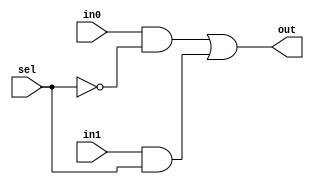
// 2020B3A70785P
module MUX_SMALL(out, in0, in1, sel);
    input in0, in1, sel;
    output out;
    assign out = (in0 & ~sel) | (in1 & sel);
endmodule

module MUX_BIG(out, in0, in1, in2, in3, in4, in5, in6, in7, sel);
    input in0, in1, in2, in3, in4, in5, in6, in7;
    input [2:0] sel;
    output out;
    wire w0, w1, w2, w3, w4, w5;
    MUX_SMALL m0(w0, in0, in1, sel[0]);
    MUX_SMALL m1(w1, in2, in3, sel[0]);
    MUX_SMALL m2(w2, in4, in5, sel[0]);
    MUX_SMALL m3(w3, in6, in7, sel[0]);
    MUX_SMALL m4(w4, w0, w1, sel[1]);
    MUX_SMALL m5(w5, w2, w3, sel[1]);
    MUX_SMALL m6(out, w4, w5, sel[2]);
endmodule

module TFF(q, t, clk, clear);
    input t, clk, clear;
    output reg q;
    always @(negedge clear or posedge clk) begin
        if(!clear)
            q <= 1'b0;
        else if(t)
            q <= ~q;
        else
            q <= q;
    end
endmodule

module COUNTER_4BIT(q0, q1, q2, q3, clk, clear);
    input clk, clear;
    output q0, q1, q2, q3;  
    TFF t1(q0, 1'b1, clk, clear);
    TFF t2(q1, q0, clk, clear);
    TFF t3(q2, q0&q1, clk, clear);
    TFF t4(q3, q0&q1&q2, clk, clear);
endmodule

module COUNTER_3BIT(q0, q1, q2, clk, clear);
    input clk, clear;
    output q0, q1, q2;
    TFF t1(q0, 1'b1, clk, clear);
    TFF t2(q1, q0, clk, clear);
    TFF t3(q2, q0&q1, clk, clear);
endmodule

module MEMORY(o0, o1, o2, o3, o4, o5, o6, o7, i0, i1, i2, i3);
    input i0, i1, i2, i3;
    output reg o0, o1, o2, o3, o4, o5, o6, o7;
    reg [7:0] r0, r1, r2, r3, r4, r5, r6, r7, r8, r9, r10, r11, r12, r13, r14, r15;
    initial begin
        r0 = 8'hCC;
        r1 = 8'hAA;
        r2 = 8'hCC;
        r3 = 8'hAA;
        r4 = 8'hCC;
        r5 = 8'hAA;
        r6 = 8'hCC;
        r7 = 8'hAA;
        r8 = 8'hCC;
        r9 = 8'hAA;
        r10 = 8'hCC;
        r11 = 8'hAA;
        r12 = 8'hCC;
        r13 = 8'hAA;
        r14 = 8'hCC;
        r15 = 8'hAA;
    end
    always @(i0 or i1 or i2 or i3) begin
        case ({i3, i2, i1, i0})
            4'b0000: {o7, o6, o5, o4, o3, o2, o1, o0} = r0;
            4'b0001: {o7, o6, o5, o4, o3, o2, o1, o0} = r1;
            4'b0010: {o7, o6, o5, o4, o3, o2, o1, o0} = r2;
            4'b0011: {o7, o6, o5, o4, o3, o2, o1, o0} = r3;
            4'b0100: {o7, o6, o5, o4, o3, o2, o1, o0} = r4;
            4'b0101: {o7, o6, o5, o4, o3, o2, o1, o0} = r5;
            4'b0110: {o7, o6, o5, o4, o3, o2, o1, o0} = r6;
            4'b0111: {o7, o6, o5, o4, o3, o2, o1, o0} = r7;
            4'b1000: {o7, o6, o5, o4, o3, o2, o1, o0} = r8;
            4'b1001: {o7, o6, o5, o4, o3, o2, o1, o0} = r9;
            4'b1010: {o7, o6, o5, o4, o3, o2, o1, o0} = r10;
            4'b1011: {o7, o6, o5, o4, o3, o2, o1, o0} = r11;
            4'b1100: {o7, o6, o5, o4, o3, o2, o1, o0} = r12;
            4'b1101: {o7, o6, o5, o4, o3, o2, o1, o0} = r13;
            4'b1101: {o7, o6, o5, o4, o3, o2, o1, o0} = r14;
            4'b1111: {o7, o6, o5, o4, o3, o2, o1, o0} = r15;
        endcase
    end
endmodule

module INTG(waveform, clk, clear);
    input clk, clear;
    output waveform;
    wire q00, q01, q02, q10, q11, q12, q13;
    wire o0, o1, o2, o3, o4, o5, o6, o7;

    COUNTER_3BIT c1(q00, q01, q02, clk, clear);
    COUNTER_4BIT c2(q10, q11, q12, q13, q00&q01&q02, clear);
    MEMORY mem1(o0, o1, o2, o3, o4, o5, o6, o7, q10, q11, q12, q13);
    MUX_BIG mux1(waveform, o0, o1, o2, o3, o4, o5, o6, o7, {q02, q01, q00});
endmodule

module tb;
    reg clk = 0, clear;
    wire waveform;
    INTG i(waveform, clk, clear);
    always
        #1 clk = ~clk;
    initial begin
        $dumpfile("filename.vcd");
        $dumpvars;
    end
    initial begin
        clear = 0; clk = 0;
        $monitor($time, " waveform=%b, clk=%b, clear=%b\n", waveform, clk, clear);
        #1 clear = 1;
        #100 $finish;
    end
endmodule